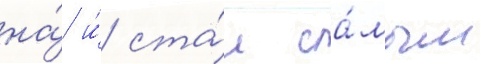
на́ и́ ста́л са́мым